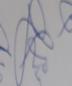
Signature authenticity: genuine